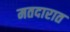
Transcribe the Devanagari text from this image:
मतदारात